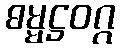
ဓမ္မဋ္ဌဝဂ္ဂ